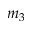
m _ { 3 }